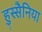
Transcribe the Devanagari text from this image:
हुस्सैनिया